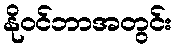
နိုဝင်ဘာအတွင်း